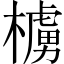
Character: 㯭